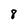
Character: 8